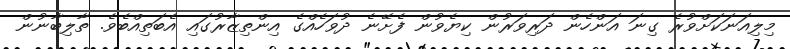
މިލިއަނަކަށްވުރެ ގިނަ އަންހެން ދަރިވަރުން ކިޔެވުން ފެށޭނެ ދުވަހެއްގެ އިންތިޒާރުގައި އެބަތިއްބެވެ. ތާލިބާނުން